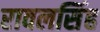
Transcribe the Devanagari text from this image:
रावलसिंह